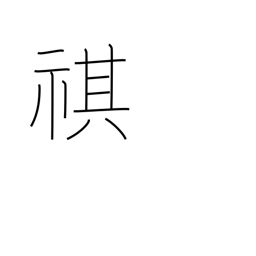
Meaning: security